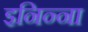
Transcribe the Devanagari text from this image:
इनिन्ना